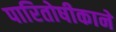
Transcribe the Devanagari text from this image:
पारितोषीकाने